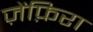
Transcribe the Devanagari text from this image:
ज़ेंफ़िरा